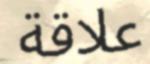
علاقة